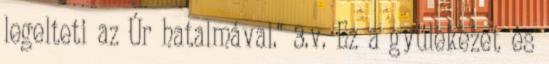
legelteti az Úr hatalmával." 3.v. Ez a gyülekezet és